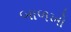
બાળખો